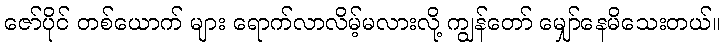
ဇော်ပိုင် တစ်ယောက် များ ရောက်လာလိမ့်မလားလို့ ကျွန်တော် မျှော်နေမိသေးတယ်။